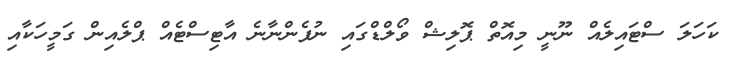
ކަހަލަ ސްޓައިލެއް ނޫނީ މިއޮތް ޕޮލިޝް ވޯލްޑްގައި ނުފެންނާނެ އާޓިސްޓެއް ޕްލެއިން ގަމީހަކާއި